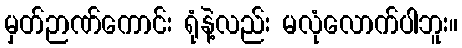
မှတ်ဉာဏ်ကောင်း ရုံနဲ့လည်း မလုံလောက်ပါဘူး။